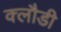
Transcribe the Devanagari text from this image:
क्लौडी